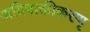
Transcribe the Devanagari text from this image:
अविषाक्तीकरणृ